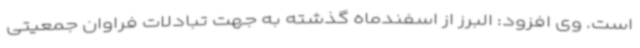
است. وی افزود: البرز از اسفندماه گذشته به جهت تبادلات فراوان جمعیتی